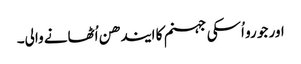
اور جو رو اُسکی جہنم کا ایندھن اُٹھانے والی۔